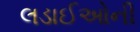
લડાઈઓની